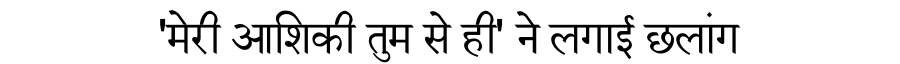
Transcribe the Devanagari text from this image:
'मेरी आशिकी तुम से ही' ने लगाई छलांग